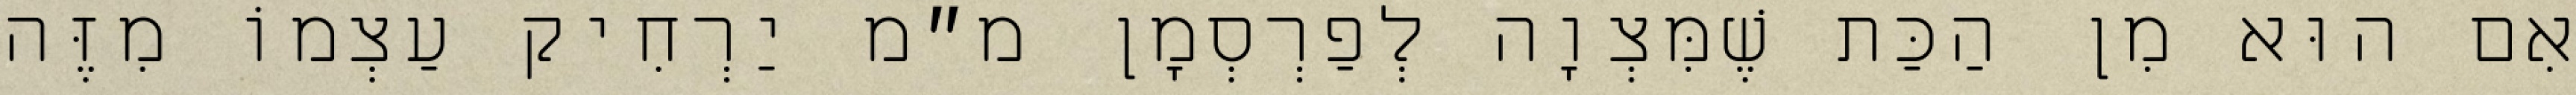
אִם הוּא מִן הַכַּת שֶׁמִּצְוָה לְפַרְסְמָן מ״מ יַרְחִיק עַצְמוֹ מִזֶּה